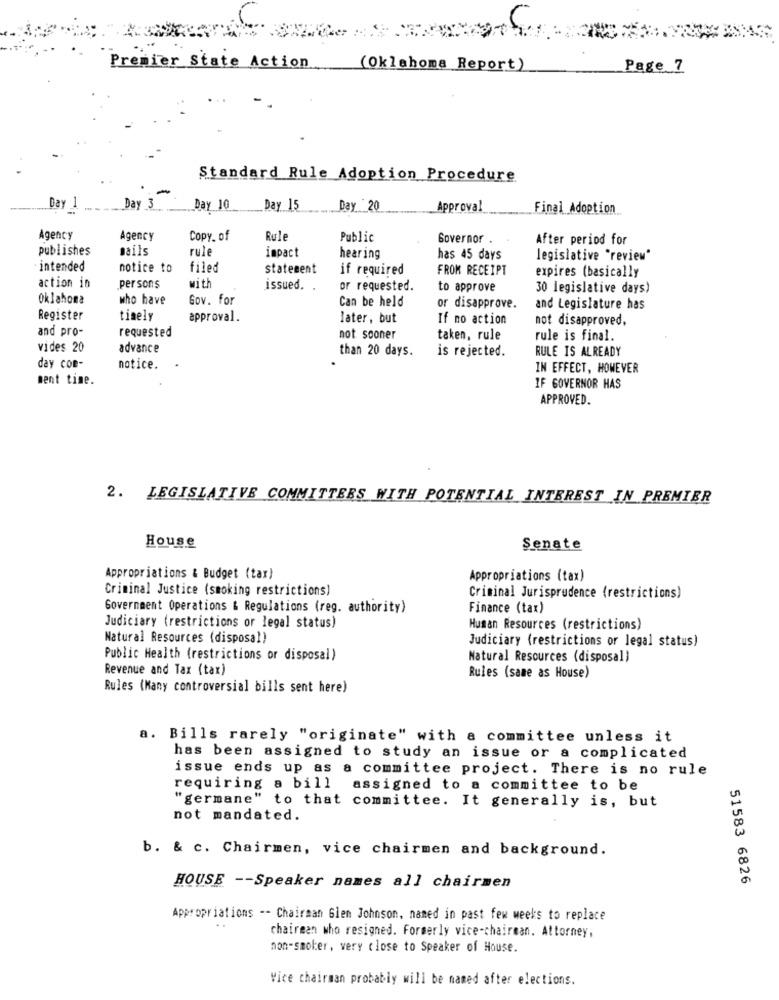
Premier State Action
(Oklahoma Report)
Page 7
Standard Rule Adoption Procedure
Day 1
Day 3
Day 10
Day 15
Day 20
Approval
Final Adoption ..
Agency
Agency
Copy_ of
Rule
Public
Governor .
After period for
publishes
mails
rule
impact
hearing
has 45 days
legislative "review"
intended
notice to
filed
statement
if required
FROM RECEIPT
expires (basically
action in
.persons
with
issued.
or requested.
to approve
30 legislative days)
Oklahoma
who have
Gov. for
Can be held
or disapprove.
and Legislature has
Register
timely
approval.
later, but
If no action
not disapproved,
and pro-
requested
not sooner
taken, rule
rule is final.
vides 20
advance
than 20 days.
is rejected.
RULE IS ALREADY
day con-
notice.
IN EFFECT, HOWEVER
ment time.
IF GOVERNOR HAS
APPROVED.
2. LEGISLATIVE COMMITTEES WITH POTENTIAL INTEREST IN PREMIER
House
Senate
Appropriations & Budget (tax)
Appropriations (tax)
Criminal Justice (smoking restrictions)
Criminal Jurisprudence (restrictions)
Government Operations & Regulations (reg. authority)
Finance (tax)
Judiciary (restrictions or legal status)
Human Resources (restrictions)
Natural Resources (disposal)
Judiciary (restrictions or legal status)
Public Health (restrictions or disposal)
Natural Resources (disposal)
Revenue and Tax (tax)
Rules (same as House)
Rules (Kany controversial bills sent here)
a. Bills rarely "originate" with a committee unless it
has been assigned to study an issue or a complicated
issue ends up as a committee project. There is no rule
requiring a bill assigned to a committee to be
"germane" to that committee. It generally is, but
not mandated.
b. & c. Chairmen, vice chairmen and background.
51583 6826
HOUSE -- Speaker names all chairmen
Appropriations -- Chairman Glen Johnson, named in past few weeks to replace
..
chairman who resigned. Formerly vice-chairman. Attorney,
non-smoker, very close to Speaker of House.
Vice chairman probably will be named after elections.